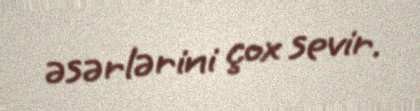
əsərlərini çox sevir.